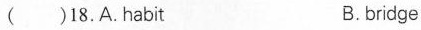
( )18.A.habit B.bridge